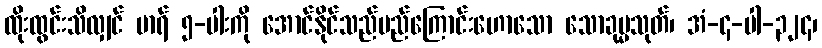
ထိုးထွင်းသိလျှင် မာရ် ၅-ပါးကို အောင်နိုင်သည်မည်ကြောင်းဟောသော သောခုမ္မသုတ်၊ အံ-၄-ပါ-၃၂၄၊